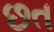
છત